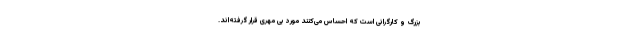
بزرگ و کارگرانی است که احساس می‌کنند مورد بی مهری قرار گرفته‌اند.